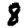
Digit: 8